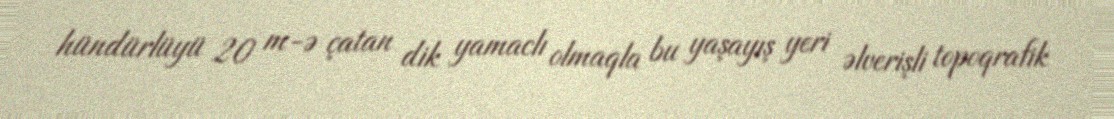
hündürlüyü 20 m-ə çatan dik yamaclı olmaqla bu yaşayış yeri əlverişli topoqrafik